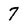
Character: 7